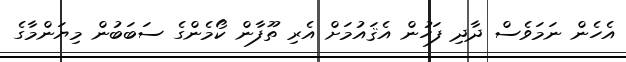
އެހެން ނަމަވެސް ދާދި ފަހުން އެޤައުމަށް އެރި ތޫފާން ކޯމެންގެ ސަބަބުން މިޔަންމާގެ